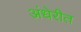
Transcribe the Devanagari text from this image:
अंधेरीत